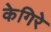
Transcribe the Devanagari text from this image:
केगिरे